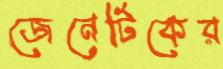
জেনেটিকের